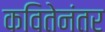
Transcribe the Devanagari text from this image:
कवितेनंतर